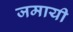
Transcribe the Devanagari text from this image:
जमायी